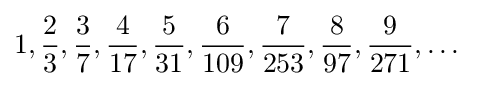
1,{\frac {2}{3}},{\frac {3}{7}},{\frac {4}{17}},{\frac {5}{31}},{\frac {6}{109}},{\frac {7}{253}},{\frac {8}{97}},{\frac {9}{271}},\dots